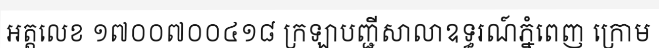
អត្តលេខ ១៧០០៧០០៤១៨ ក្រឡាបញ្ជីសាលាឧទ្ធរណ៍ភ្នំពេញ ក្រោម